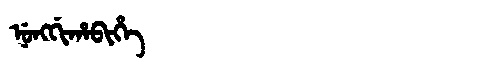
Manchu: ᠨᡠᠩᡤᡳᡥᠠᠪᡳᡥᡝ
Romanization: NUNGGIHABIHE